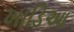
ખાડિઆ